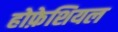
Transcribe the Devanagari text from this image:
होफ़ेशियल